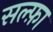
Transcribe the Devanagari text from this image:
सल्फ़ा